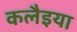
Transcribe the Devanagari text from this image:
कलैइया